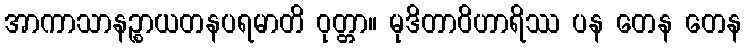
အာကာသာနဉ္စာယတနပရမာတိ ဝုတ္တာ။ မုဒိတာဝိဟာရိဿ ပန တေန တေန